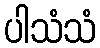
ပါသံသံ